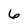
Character: 6